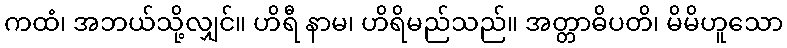
ကထံ၊ အဘယ်သို့လျှင်။ ဟိရီ နာမ၊ ဟိရိမည်သည်။ အတ္တာဓိပတိ၊ မိမိဟူသော